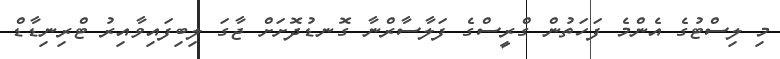
މި ލިސްޓުގެ އެންމެ ފަހަތުން ގްރީސްގެ ފަލާސާރްނާ ގޮނޑުދޮށަށް ޖާގަ ލިބިފައިވާއިރު ޓްރިނިޑާޑް